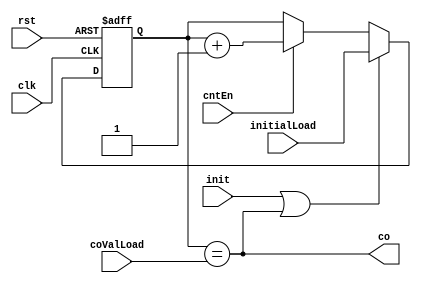
`timescale 1ns/1ns
module counterIO (
    input clk,
    input rst,

    input [31:0] initialLoad,
    input [31:0] coValLoad,

    input init,
    input cntEn,

    output co
);

    reg [31:0] cntVal;
    always @(posedge clk, posedge rst) begin
        if (rst)
            cntVal <= 32'b0;
        else if (init | co)
            cntVal <= initialLoad;
        else if (cntEn)
            cntVal <= cntVal + 1;
    end

    assign co = (cntVal == coValLoad);


endmodule